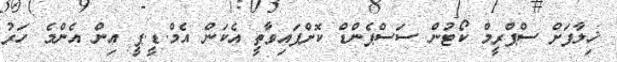
ޚިލާފަށް ސްޕްރީމް ކޯޓުން ސަސްޕެންޑް ކޮށްފައިވާތީ އެކަން އެމް.ޑީ.ޕީ އިން އެންމެ ހަރު